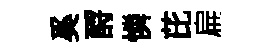
奚酹憐芘扁